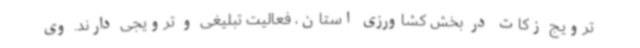
ترویج زکات در بخش کشاورزی استان، فعالیت تبلیغی و ترویجی دارند. وی